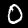
Digit: 0